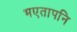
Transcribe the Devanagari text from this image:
भएतापनि